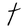
Character: t